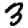
Digit: 3